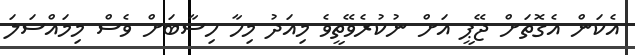
އެކަން އެގޮތަށް ޖޭޕީ އަށް ނުކުރެވޭތީވެ މިއަދު މިހާ ހިސާބަށް ވެސް މިމައްސަލަ